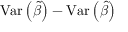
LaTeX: \operatorname { V a r } \left( { \widetilde { \beta } } \right) - \operatorname { V a r } \left( { \widehat { \beta } } \right)